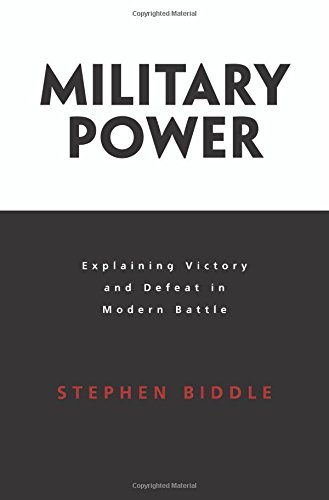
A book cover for Military Power: Explaining Victory and Defeat in Modern Battle; Stephen Biddle; History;